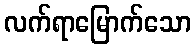
လက်ရာမြောက်သော